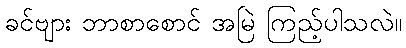
ခင်ဗျား ဘာစာစောင် အမြဲ ကြည့်ပါသလဲ။